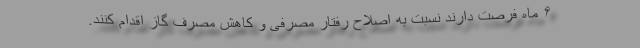
۶ ماه فرصت دارند نسبت به اصلاح رفتار مصرفی و کاهش مصرف گاز اقدام کنند.